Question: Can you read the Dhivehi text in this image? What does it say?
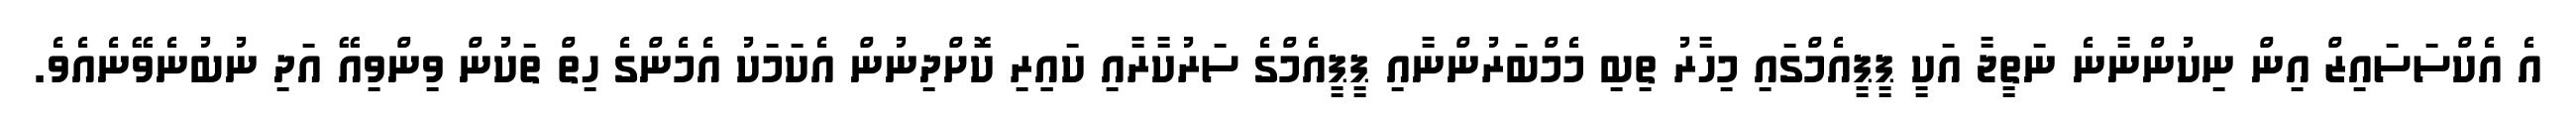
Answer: އެ އެކްސަސައިޒް އިން ނިކުންނާނެ ނަތީޖާ އަކީ ޕީޕީއެމްގައި މިހާރު ތިބި މެމްބަރުންނާއި ޕީޕީއެމްގެ ސަރުކާރާއި ކައިިރި ކޮށްދިނުން އެކަމަކު އެމެންގެ ހިތް ތަކުން ވިންވިއޭ އަދި ނުބުނެވޭނެއެވެ.